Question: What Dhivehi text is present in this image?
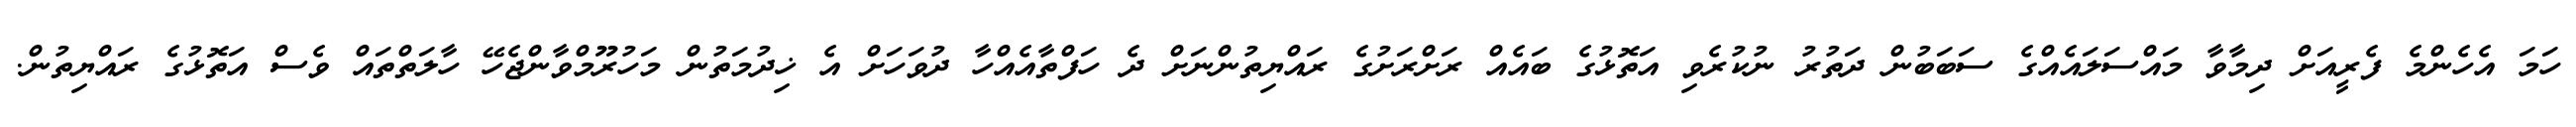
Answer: ހަމަ އެހެންމެ ފެރީއަށް ދިމާވާ މައްސަލައެއްގެ ސަބަބުން ދަތުރު ނުކުރެވި އަތޮޅުގެ ބައެއް ރަށްރަށުގެ ރައްޔިތުންނަށް ދެ ހަފްތާއެއްހާ ދުވަހަށް އެ ޚިދުމަތުން މަހުރޫމްވާންޖެހޭ ހާލަތްތައް ވެސް އަތޮޅުގެ ރައްޔިތުން.